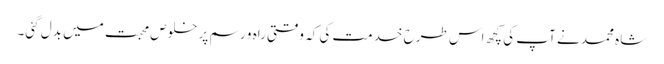
شاہ محمد نے آپ کی کچھ اس طرح خدمت کی کہ وقتی راہ و رسم پر خلوص محبت میں بدل گئی۔